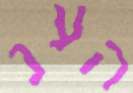
הענ